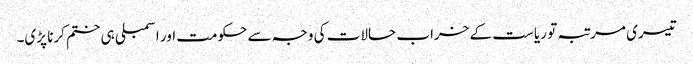
تیسری مرتبہ تو ریاست کے خراب حالات کی وجہ سے حکومت اور اسمبلی ہی ختم کرنا پڑی۔